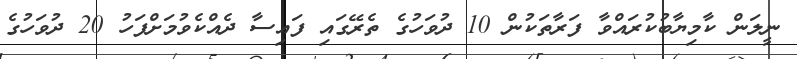
ނީލަން ކާމިޔާބުކުރައްވާ ފަރާތަކުން 10 ދުވަހުގެ ތެރޭގައި ފައިސާ ދެއްކެވުމަށްފަހު 20 ދުވަހުގެ